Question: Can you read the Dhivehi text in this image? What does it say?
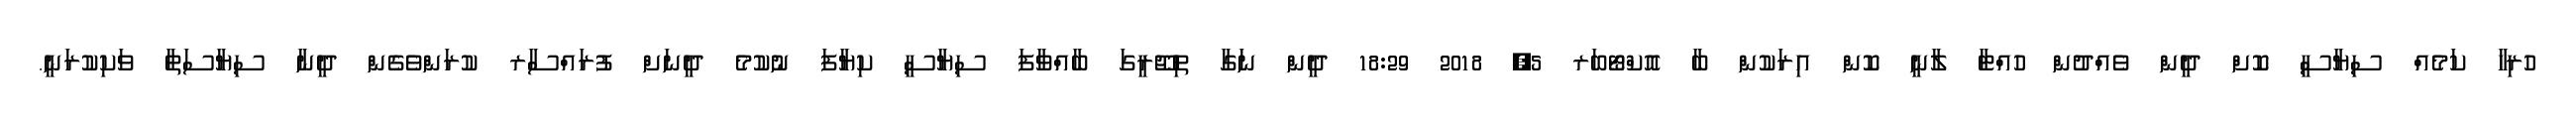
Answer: ހުރިހާ ކަމެއް ސިޔާސީ ކޮށް ދީން ވެއްދުން ހުއްޓާ ލާނީ ކޮން އިރަކުން ބާ އޮކްޓޯބަރ 5, 2018 18:29 ދީން ނަގާ ތިޖޫރީގަ ބާއްވާފަ ސިޔާސީ ކިޔާފަ ނުކުމެ ދީނަށް ފުރައްސާރ ކުރަންވެގެން ދީނާ ސިޔާސަތާ ވަކިކުރަނީ.